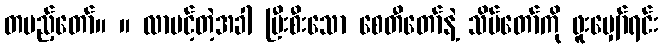
တပည့်တော်။ ။ လာပင့်တဲ့အခါ ပြီးစီးသော စေတီတော်နဲ့ သိမ်တော်ကို ဖူးမျှော်ရင်း